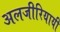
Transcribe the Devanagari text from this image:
अलजीरियायी